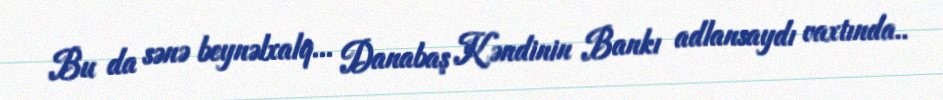
Bu da sənə beynəlxalq... Danabaş Kəndinin Bankı adlansaydı vaxtında..